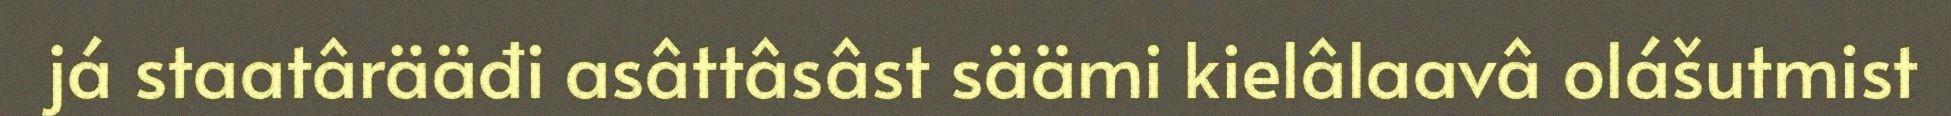
já staatârääđi asâttâsâst säämi kielâlaavâ olášutmist